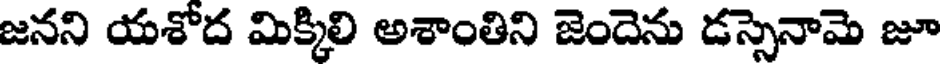
జనని యశోద మిక్కిలి అశాంతిని జెందెను డస్సెనామె జూ